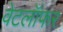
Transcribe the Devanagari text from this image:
वेटलॉफर